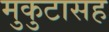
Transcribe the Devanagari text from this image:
मुकुटासह